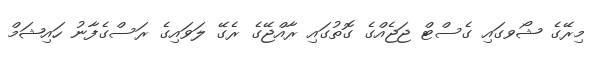
މިރޭގެ ޝޯވގައި ގެސްޓް ޖަޖެއްގެ ގޮތުގައި ރާއްޖޭގެ ރެގޭ ލަވައިގެ ރަސްގެފާނު ހައިޝަމް